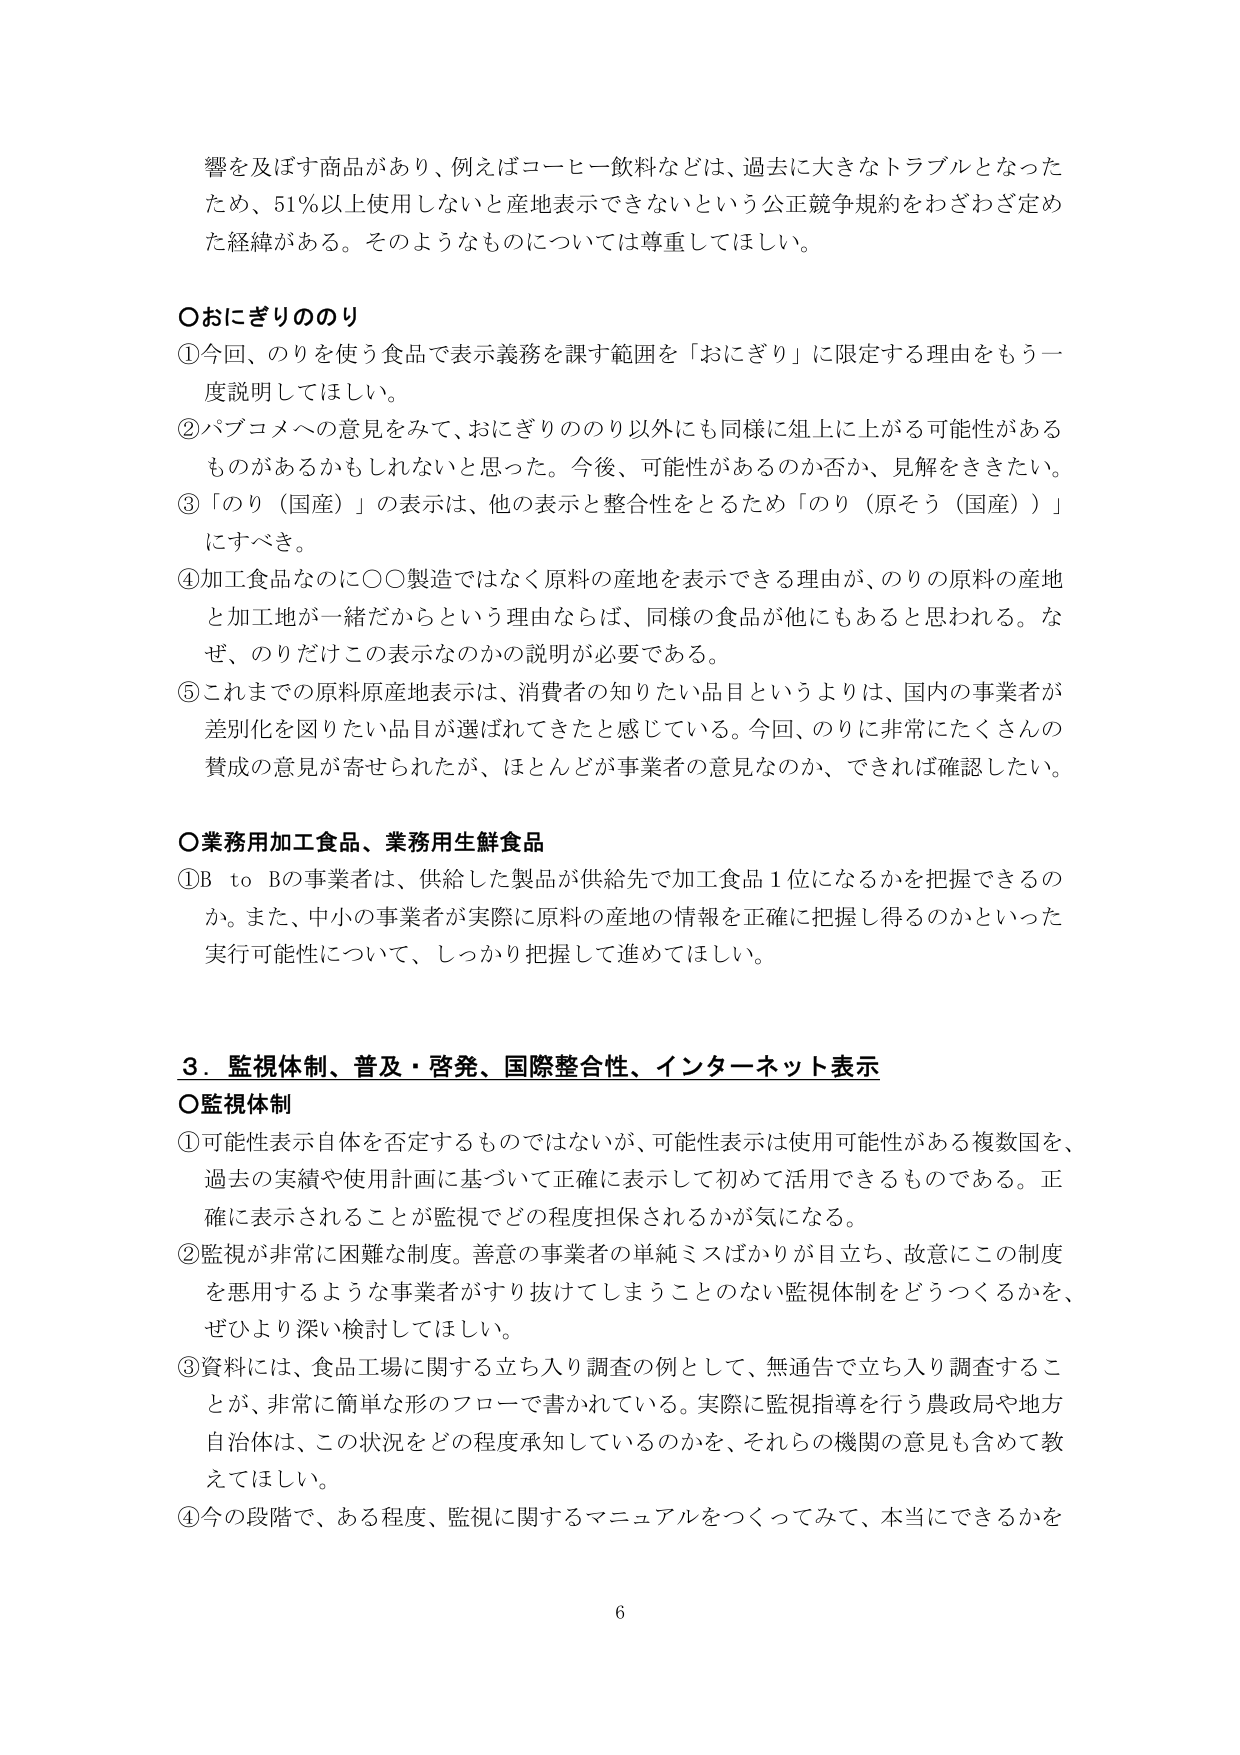
響を及ぼす商品があり、例えばコーヒー飲料などは、過去に大きなトラブルとなったため、51％以上使用しないと産地表示できないという公正競争規約をわざわざ定めた経緯がある。そのようなものについては尊重してほしい。

○おにぎりののり
①今回、のりを使う食品で表示義務を課す範囲を「おにぎり」に限定する理由をもう一度説明してほしい。
②パブコメへの意見をみて、おにぎりののり以外にも同様に俎上に上がる可能性があるものがあるかもしれないと思った。今後、可能性があるのか否か、見解をききたい。
③「のり（国産）」の表示は、他の表示と整合性をとるため「のり（原そう（国産））」にすべき。
④加工食品なのに○○製造ではなく原料の産地を表示できる理由が、のりの原料の産地と加工地が一緒だからという理由ならば、同様の食品が他にもあると思われる。なぜ、のりだけこの表示なのかの説明が必要である。
⑤これまでの原料原産地表示は、消費者の知りたい品目というよりは、国内の事業者が差別化を図りたい品目が選ばれてきたと感じている。今回、のりに非常にたくさんの賛成の意見が寄せられたが、ほとんどが事業者の意見なのか、できれば確認したい。

○業務用加工食品、業務用生鮮食品
①B to Bの事業者は、供給した製品が供給先で加工食品1位になるかを把握できるのか。また、中小の事業者が実際に原料の産地の情報を正確に把握し得るのかといった実行可能性について、しっかり把握して進めてほしい。

3．監視体制、普及・啓発、国際整合性、インターネット表示
○監視体制
①可能性表示自体を否定するものではないが、可能性表示は使用可能性がある複数国を、過去の実績や使用計画に基づいて正確に表示して初めて活用できるものである。正確に表示されることが監視でどの程度担保されるかが気になる。
②監視が非常に困難な制度。善意の事業者の単純ミスばかりが目立ち、故意にこの制度を悪用するような事業者がすり抜けてしまうことのない監視体制をどうつくるかを、ぜひより深い検討してほしい。
③資料には、食品工場に関する立ち入り調査の例として、無通告で立ち入り調査することが、非常に簡単な形のフローで書かれている。実際に監視指導を行う農政局や地方自治体は、この状況をどの程度承知しているのかを、それらの機関の意見も含めて教えてほしい。
④今の段階で、ある程度、監視に関するマニュアルをつくってみて、本当にできるかを

6